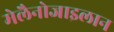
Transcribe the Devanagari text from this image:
मेलैनोजाइलान